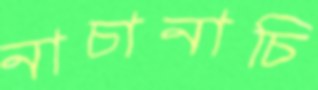
নাচানাচি